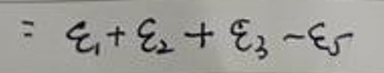
\[
=\xi_1+\xi_2+\xi_3 - \xi_5
\]